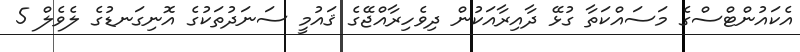
އެކައުންޓްސްގެ މަސައްކަތާ ގުޅޭ ދާއިރާއަކުން ދިވެހިރާއްޖޭގެ ޤައުމީ ސަނަދުތަކުގެ އޮނިގަނޑުގެ ލެވެލް 5